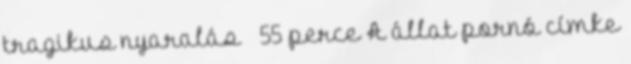
tragikus nyaralás 55 perce A állat pornó címke